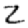
Digit: 2